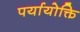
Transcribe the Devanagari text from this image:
पर्यायोक्ति